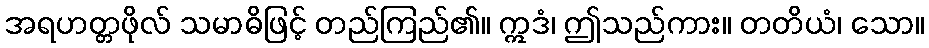
အရဟတ္တဖိုလ် သမာဓိဖြင့် တည်ကြည်၏။ ဣဒံ၊ ဤသည်ကား။ တတိယံ၊ သော။